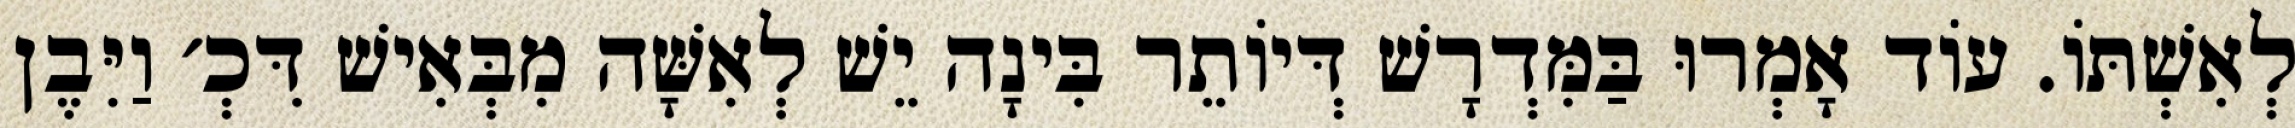
לְאִשְׁתּוֹ. עוֹד אָמְרוּ בַּמִּדְרָשׁ דְּיוֹתֵר בִּינָה יֵשׁ לְאִשָּׁה מִבְּאִישׁ דִּכְ׳ וַיִּבֶן